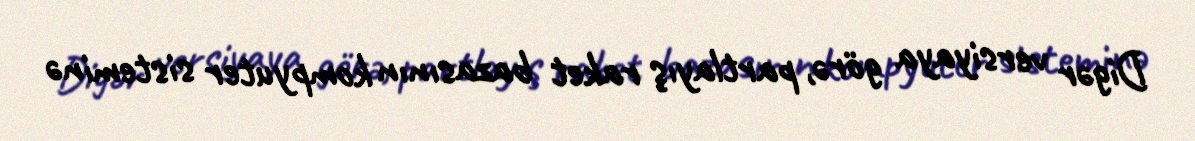
Digər versiyaya görə, partlayış raket bazasının kompyuter sisteminə